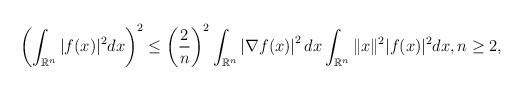
LaTeX: \begin{align*}\left(\int_{\mathbb R^{n}}|f(x)|^{2}dx\right)^{2} \leq \left(\frac{2}{n}\right)^{2} \int_{\mathbb R^{n}} \left| \nabla f(x) \right|^{2} dx \int_{\mathbb R^{n}} \|x\|^{2} |f(x)|^{2}dx, n\geq2,\end{align*}